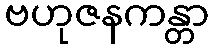
ဗဟုဇနကန္တာ